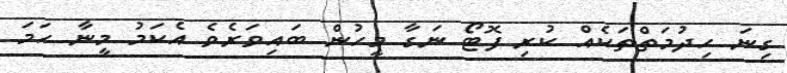
ގިނަ ހިދުމަތްތަކެއް ކުރި ފޮޓޯ ނަގާ މީހުން ބައިވަރެވެ އެކަމު މީނާ ހަމަ